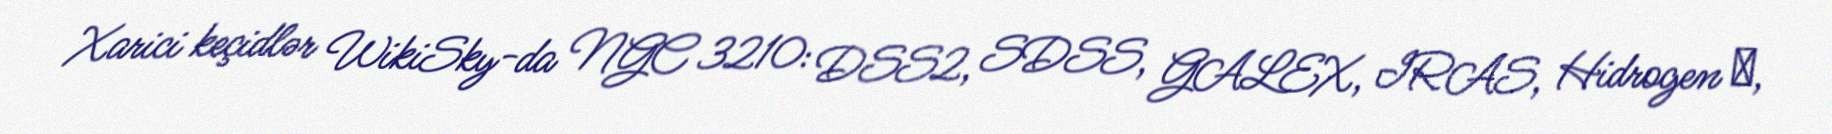
Xarici keçidlər WikiSky-da NGC 3210: DSS2, SDSS, GALEX, IRAS, Hidrogen α,